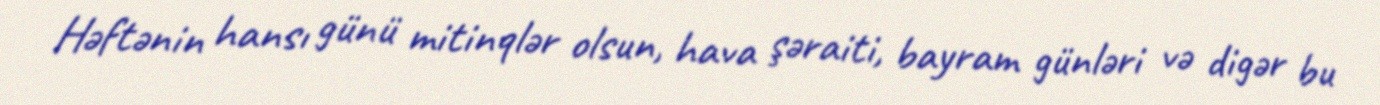
Həftənin hansı günü mitinqlər olsun, hava şəraiti, bayram günləri və digər bu